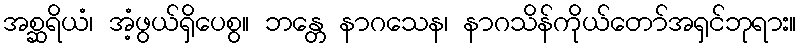
အစ္ဆရိယံ၊ အံ့ဖွယ်ရှိပေစွ။ ဘန္တေ နာဂသေန၊ နာဂသိန်ကိုယ်တော်အရှင်ဘုရား။